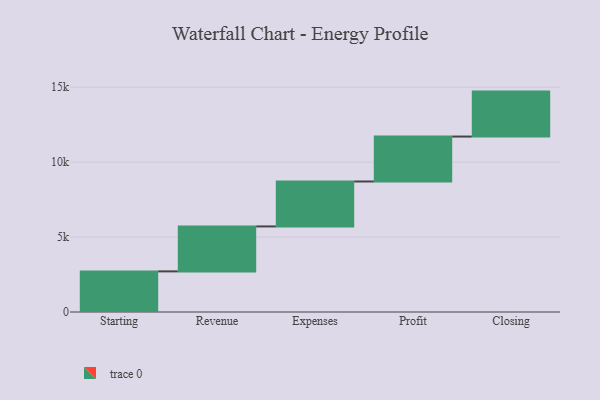
{"axis": {"x": "Step", "y": "Value"}, "legend": [""], "data": [{"x": "Starting", "y": 2711.0, "type": ""}, {"x": "Revenue", "y": 3000, "type": ""}, {"x": "Expenses", "y": 3000, "type": ""}, {"x": "Profit", "y": 3000, "type": ""}, {"x": "Closing", "y": 3000, "type": ""}]}